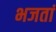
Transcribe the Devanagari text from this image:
भजतां